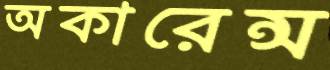
অকারেন্স